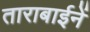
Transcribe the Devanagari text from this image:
ताराबाईनें